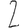
Digit: 2